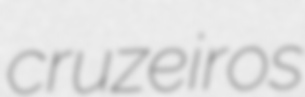
cruzeiros